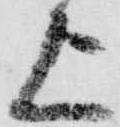
上